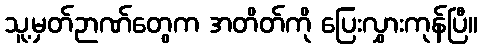
သူ့မှတ်ဉာဏ်တွေက အတိတ်ကို ပြေးလွှားကုန်ပြီ။